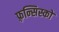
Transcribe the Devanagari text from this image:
फ़्रन्सिस्को